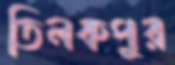
তিলকপুর